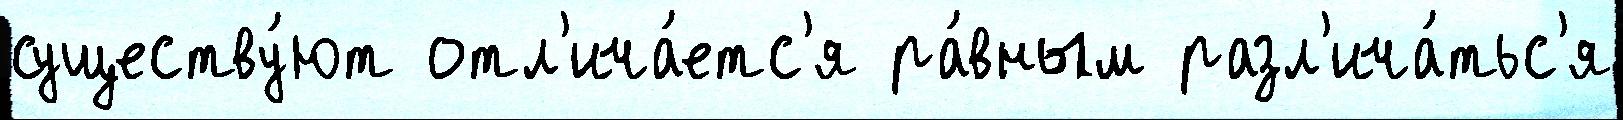
существу́ют отл'ича́етс'я ра́вным разл'ича́тьс'я